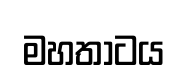
මහතාටය